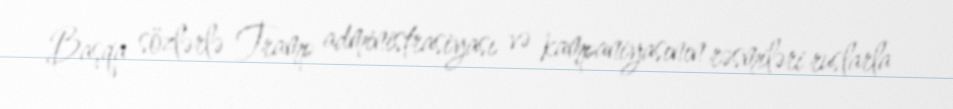
Başqa sözlərlə Tramp administrasiyası və kampaniyasının rəsmiləri ruslarla